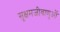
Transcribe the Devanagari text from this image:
सूक्षमजीवाणुओं